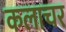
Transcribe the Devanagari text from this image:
कलाचर